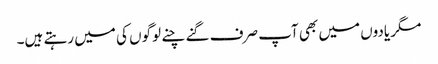
مگر یادوں میں بھی آپ صرف گنے چنے لوگوں کی میں رہتے ہیں۔